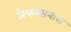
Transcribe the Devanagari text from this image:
जेफरसनास